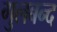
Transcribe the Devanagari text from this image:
गुलबन्द